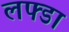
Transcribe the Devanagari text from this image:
लफ्डा